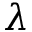
\lambda